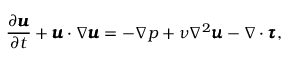
\frac { \partial \pmb { u } } { \partial t } + \pmb { u } \cdot \nabla \pmb { u } = - \nabla p + \nu \nabla ^ { 2 } \pmb { u } - \nabla \cdot \pmb { \tau } ,